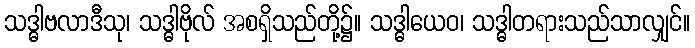
သဒ္ဓါဗလာဒီသု၊ သဒ္ဓါဗိုလ် အစရှိသည်တို့၌။ သဒ္ဓါယေဝ၊ သဒ္ဓါတရားသည်သာလျှင်။